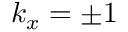
k _ { x } = \pm 1